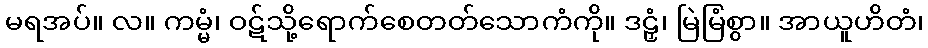
မရအပ်။ လ။ ကမ္မံ၊ ဝဋ်သို့ရောက်စေတတ်သောကံကို။ ဒဠှံ၊ မြဲမြံစွာ။ အာယူဟိတံ၊